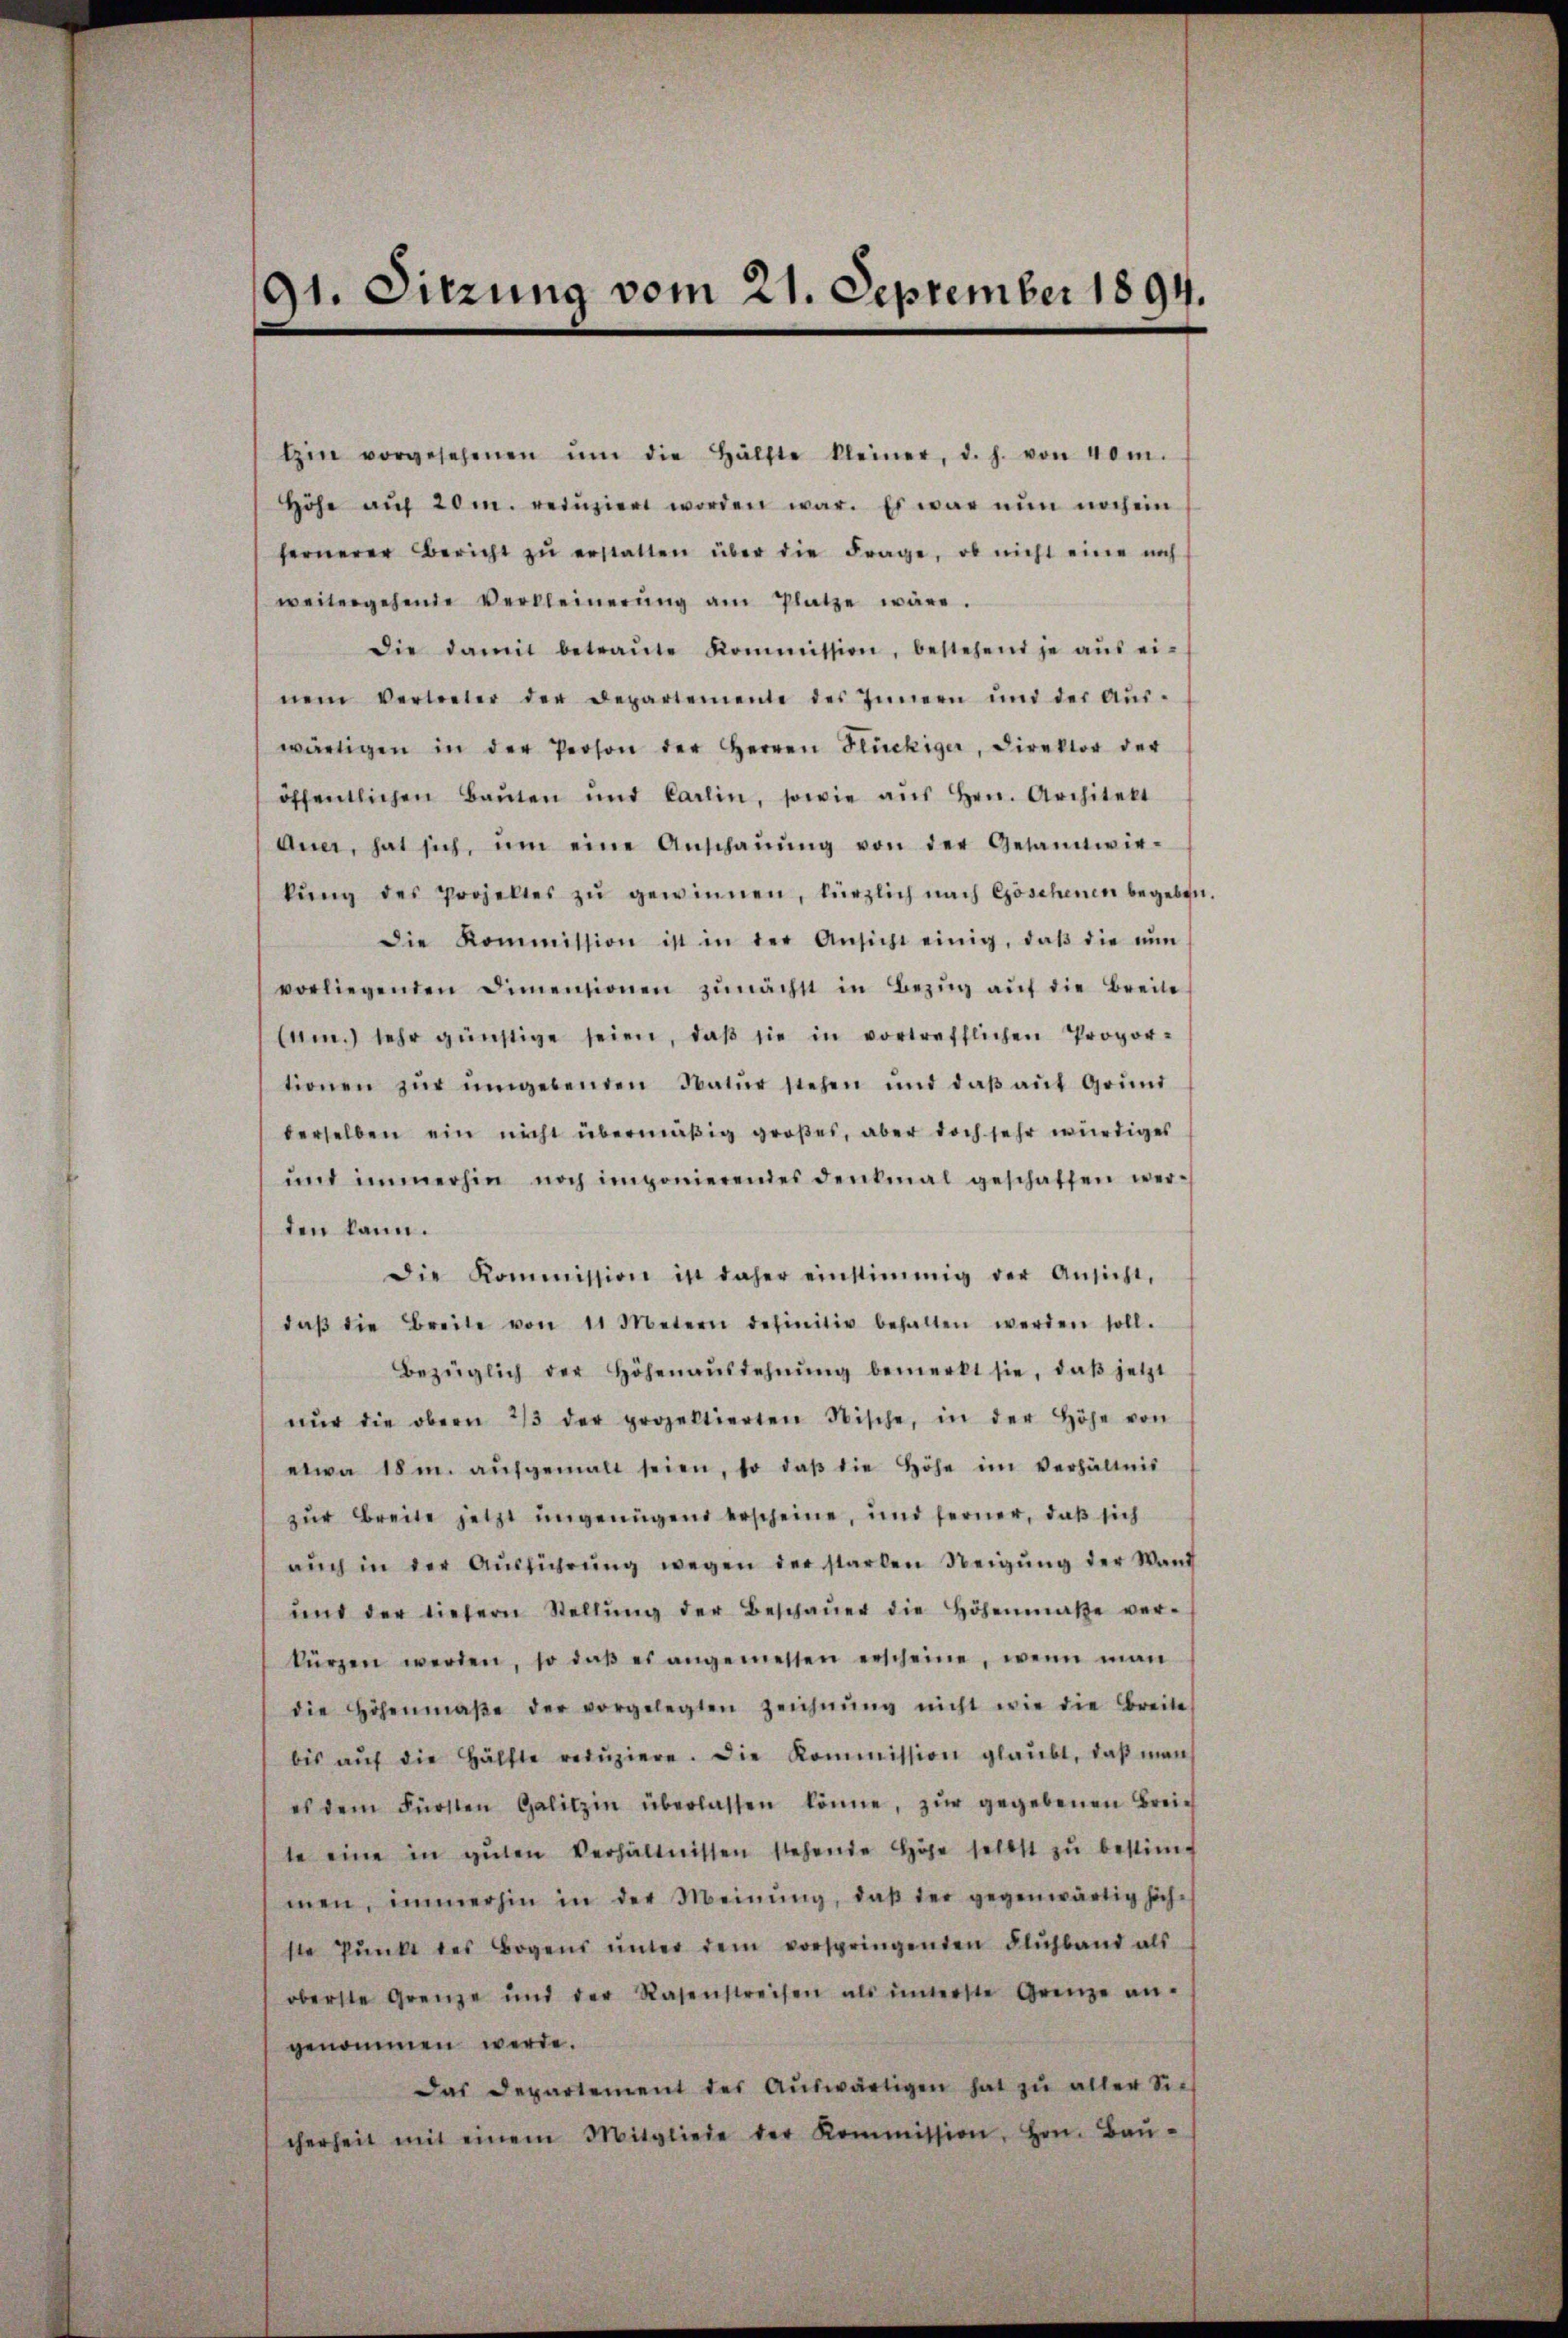
91. Sitzung vom 21. September 1894.

Ein vorgesehenen ŭm die Hälfte kleiner, d. h. von 40m.
Höhe aŭf 20 m. reinziert worden war. Es war nun noch ein
fernerer Bericht zŭ erstatten über die Frage, ob nicht eine noch
weitergehende Verkleinerŭng am Platze wäre.
Die damit betraŭte Kommission, bestehend je aŭs ei-
nem Vertreter der Departemente des Innern und der Aŭs-
wärtigen in der Person der Herren Flückiger, Direktor der
öffentlichen Baŭten und Carlin, sowie aŭs Hrn. Architekt
Auer, hat sich, um eine Anschaŭŭng von der Gesamtwir-
kŭng des Projektes zŭ gewinnen, kürzlich nach Göschenen begeben
Die Kommission ist in der Ansicht einig, daβ die nŭn
vorliegenden Dimensionen zŭnächst in Bezŭg aŭf die Breite
am.) sehr günstige seien, daβ sie in vortrefflichen Propor-
tionen zŭr ŭmgebenden Natŭr stehen und daβ aŭf Grŭnd
derselben ein nicht übermäβig großes, aber doch sehr würdiges
und immerhin noch imponierendes Denkmal geschaffen werden kann.
Die Kommission ist daher einstimmig der Ansicht,
daβ die Breite von 11 Metern definitiv behalten werden soll.
Bezüglich der Höhenaŭstehnŭng bemerkt sie, daβ jetzt
nŭr die obern 2/3 der projektierten Nische, in der Höhe von
etwa 18 m. aŭfgemalt seien, so daβ die Höhe im Verhältnis
zur Breite jetzt ungenügend erscheine, und ferner, daß sich
aŭch in der Aŭsführŭng wegen der starben Neigŭng der Wand
ŭnd der tiefern Stellŭng der Beschaŭer die Höhenmaße ver-
kürzen werden, so daβ es angemessen erscheine, wenn man
die Höhenmaβe der vorgelegten Zeichnŭng nicht wie die Breite
bis aŭf die Hälfte redŭziere. Die Kommission glaŭbt, daβ man
es dem Fürsten Galitzin überlassen könne, zŭr gegebenen Breich
te eine in gŭten Verhältnissen stehende Höhe selbst zŭ bestim
men, immerhin in der Meinŭng, daβ der gegenwärtig sichste Pŭnkt des Bogens ŭnter dem vorspringenden Flŭhband als
oberste Grenze und der Rasenstreisen als innerste Grenze an-
genommen werde.
Das Departement des Aŭswärtigen hat zŭ aller Sie
cherheit mit einem Mitgliede der Kommission, Hrn. Baŭ-